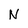
Character: N